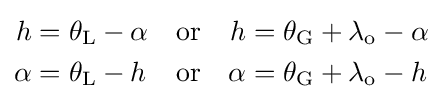
{\begin{aligned}h&=\theta _{\text{L}}-\alpha &&{\mbox{or}}&h&=\theta _{\text{G}}+\lambda _{\text{o}}-\alpha \\\alpha &=\theta _{\text{L}}-h&&{\mbox{or}}&\alpha &=\theta _{\text{G}}+\lambda _{\text{o}}-h\end{aligned}}